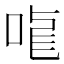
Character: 𠳧